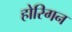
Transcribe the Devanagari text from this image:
होरिगन